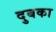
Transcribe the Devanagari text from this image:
दुबका